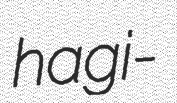
hagi-